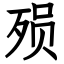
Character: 殒